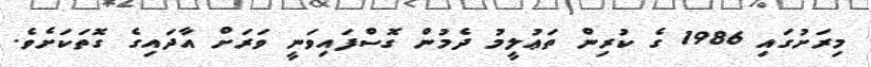
މިރަށުގައި 1986 ގެ ކުރިން ތަޢުލީމު ދެމުން ގޮސްފައިވަނީ ވަރަށް އާދައިގެ ގޮތަކަށެވެ.